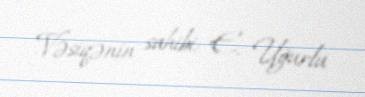
Vəsiqənin sahibi: E. Uğurlu